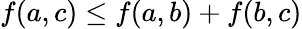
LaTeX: f(a,c)\leq f(a,b)+f(b,c)